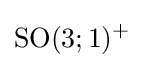
{\text{SO}}(3;1)^{+}